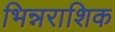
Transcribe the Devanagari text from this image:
भिन्नराशिक